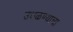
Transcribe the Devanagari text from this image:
उधळण्याचा